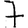
Digit: 7